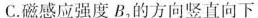
C.磁感应强度B，的方向竖直向下